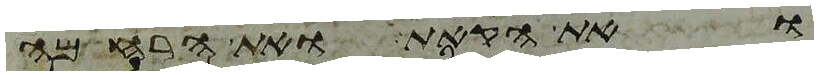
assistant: ואת הקאת ואת הרחמה